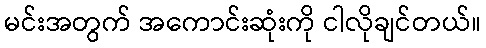
မင်းအတွက် အကောင်းဆုံးကို ငါလိုချင်တယ်။